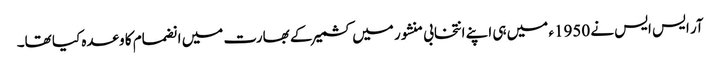
آر ایس ایس نے 1950ء میں ہی اپنے انتخابی منشور میں کشمیر کے بھارت میں انضمام کا وعدہ کیا تھا۔